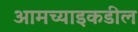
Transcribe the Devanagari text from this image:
आमच्याइकडील